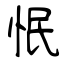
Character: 怋